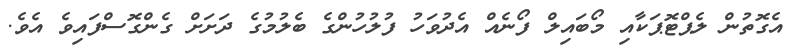
އެގޮތުން ލެޕްޓޮޕަކާއި މޯބައިލް ފޯނެއް އެދުވަހު ފުލުހުންގެ ބެލުމުގެ ދަށަށް ގެންގޮސްފައިވެ އެވެ.